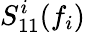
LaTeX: S_{11}^{i}(f_{i})